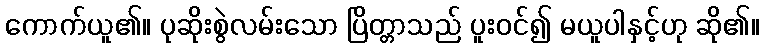
ကောက်ယူ၏။ ပုဆိုးစွဲလမ်းသော ပြိတ္တာသည် ပူးဝင်၍ မယူပါနှင့်ဟု ဆို၏။